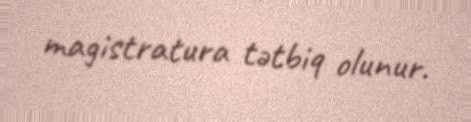
magistratura tətbiq olunur.